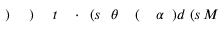
M \! \! \! \! \! \! \! \! \! \! \! \! ( s \! \! \! \! \! \! \! \! \! \! \! \! ) d \! \! \! \! \! \! \! \! \! \! \! \! \alpha \! \! \! \! \! \! \! \! \! \! \! \! ( \! \! \! \! \! \! \! \! \! \! \! \! \theta \! \! \! \! \! \! \! \! \! \! \! \! ( s \! \! \! \! \! \! \! \! \! \! \! \! \cdot \! \! \! \! \! \! \! \! \! \! \! \! t \! \! \! \! \! \! \! \! \! \! \! \! ) \! \! \! \! \! \! \! \! \! \! \! \! ) \! \! \! \! \! \! \! \! \! \! \!